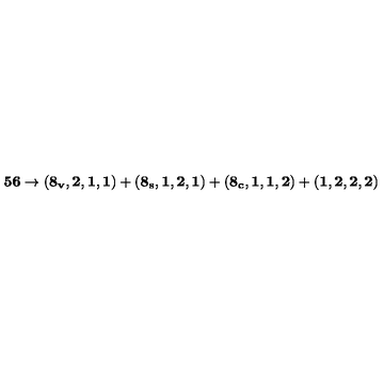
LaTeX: { \bf 5 6 } \to ( { \bf 8 _ { v } , 2 , 1 , 1 } ) + ( { \bf 8 _ { s } , 1 , 2 , 1 } ) + ( { \bf 8 _ { c } , 1 , 1 , 2 } ) + ( { \bf 1 , 2 , 2 , 2 } )